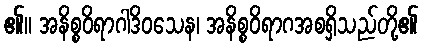
၏။ အနိစ္စဝိရာဂါဒိဝသေန၊ အနိစ္စဝိရာဂအစရှိသည်တို့၏